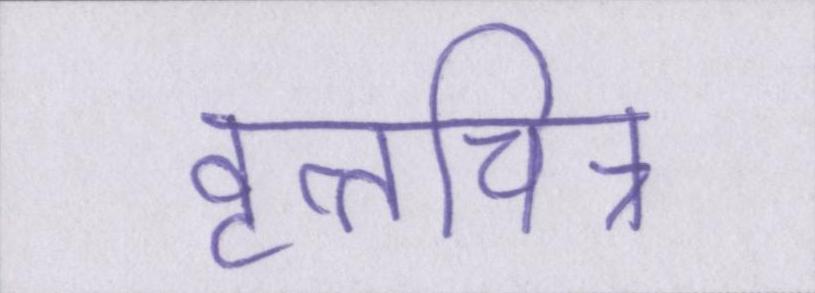
वृत्तचित्र